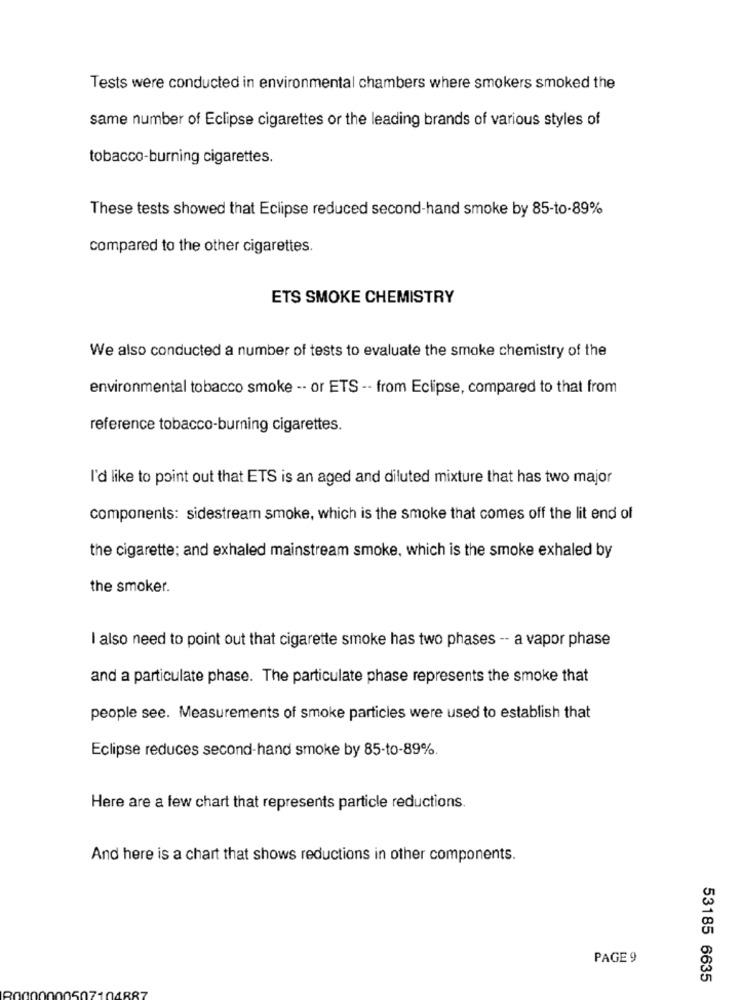
Tests were conducted in environmental chambers where smokers smoked the
same number of Eclipse cigarettes or the leading brands of various styles of
tobacco-burning cigarettes.
These tests showed that Eclipse reduced second-hand smoke by 85-to-89%
compared to the other cigarettes.
ETS SMOKE CHEMISTRY
We also conducted a number of tests to evaluate the smoke chemistry of the
environmental tobacco smoke -- or ETS -- from Eclipse, compared to that from
reference tobacco-burning cigarettes.
I'd like to point out that ETS is an aged and diluted mixture that has two major
components: sidestream smoke, which is the smoke that comes off the lit end of
the cigarette; and exhaled mainstream smoke, which is the smoke exhaled by
the smoker.
I also need to point out that cigarette smoke has two phases -- a vapor phase
and a particulate phase. The particulate phase represents the smoke that
people see. Measurements of smoke particles were used to establish that
Eclipse reduces second-hand smoke by 85-to-89%.
Here are a few chart that represents particle reductions.
And here is a chart that shows reductions in other components.
PAGE 9
53185 6635